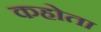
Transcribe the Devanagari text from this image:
कहोता